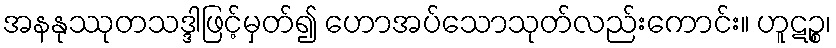
အနနုဿုတသဒ္ဒါဖြင့်မှတ်၍ ဟောအပ်သောသုတ်လည်းကောင်း။ ဟူဋဉ္စ၊